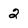
Character: 2